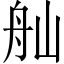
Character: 舢